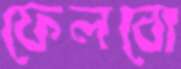
ফেলবো